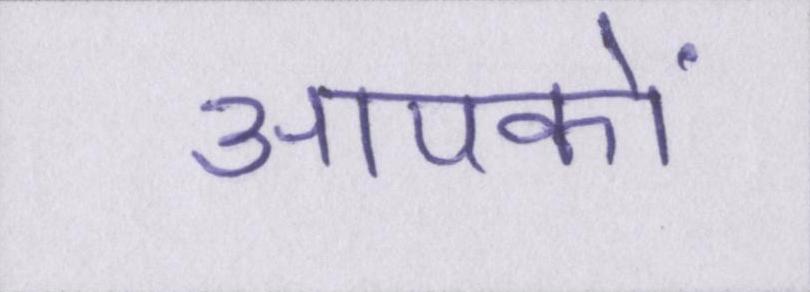
आपकों